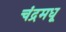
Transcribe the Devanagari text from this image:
चंद्रमधू